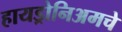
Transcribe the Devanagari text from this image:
हायड्रोनिअमचे